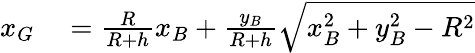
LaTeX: \begin{array}{rl}{x_{G}}&{{}=\frac{R}{R+h}x_{B}+\frac{y_{B}}{R+h}\sqrt{x_{B}^{2}+y_{B}^{2}-R^{2}}}\end{array}